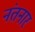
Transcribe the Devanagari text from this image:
नंतनार